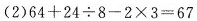
(2) $$6 4+2 4\div 8 - 2\times